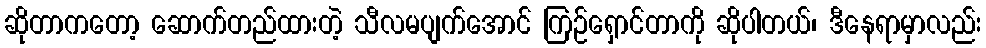
ဆိုတာကတော့ ဆောက်တည်ထားတဲ့ သီလမပျက်အောင် ကြဉ်ရှောင်တာကို ဆိုပါတယ်၊ ဒီနေရာမှာလည်း